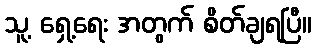
သူ့ ရှေ့ရေး အတွက် စိတ်ချရပြီ။